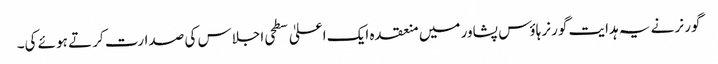
گورنر نے یہ ہدایت گورنر ہاؤس پشاور میں منعقدہ ایک اعلیٰ سطحی اجلاس کی صدارت کر تے ہوئے کی۔